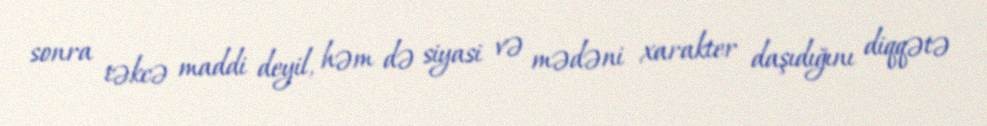
sonra təkcə maddi deyil, həm də siyasi və mədəni xarakter daşıdığını diqqətə